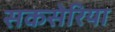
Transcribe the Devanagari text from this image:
सकसेरिया